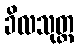
ခိလသုတ္တ